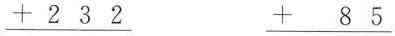
$$\underline{ + 2 3 2 }$$ \underline{ + 8 5 }